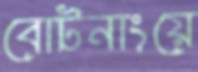
বোটনাংয়ে